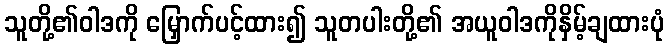
သူတို့၏ဝါဒကို မြှောက်ပင့်ထား၍ သူတပါးတို့၏ အယူဝါဒကိုနှိမ့်ချထားပုံ